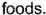
foods.